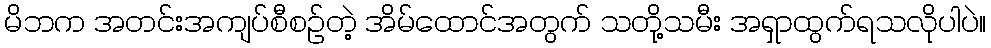
မိဘက အတင်းအကျပ်စီစဉ်တဲ့ အိမ်ထောင်အတွက် သတို့သမီး အရှာထွက်ရသလိုပါပဲ။